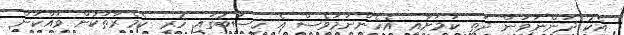
އެކު ދަންނަވަން ދަތި ކަމަށާއި އެހެންނަމަވެސް އެ ހިސާބުގައި ހުރި ކެމެރާތަކުން ވައްކަން